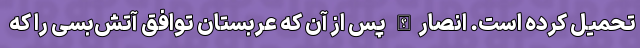
تحمیل کرده است. انصارالله پس از آن که عربستان توافق آتش‌بسی را که